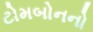
ટોમબોનનો